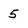
Character: 5